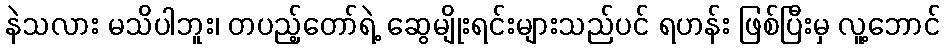
နဲသလား မသိပါဘူး၊ တပည့်တော်ရဲ့ ဆွေမျိုးရင်းများသည်ပင် ရဟန်း ဖြစ်ပြီးမှ လူ့ဘောင်